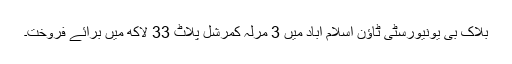
بلاک بی یونیورسٹی ٹاؤن اسلام آباد میں 3 مرلہ کمرشل پلاٹ 33 لاکھ میں برائے فروخت۔